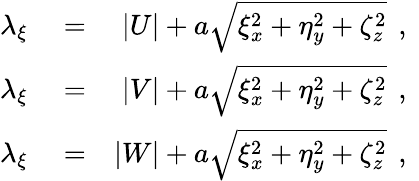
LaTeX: \begin{array}{rlr}{\lambda_{\xi}}&{{}=}&{|U|+a\sqrt{\xi_{x}^{2}+\eta_{y}^{2}+\zeta_{z}^{2}}\, \mathrm{~,~}}\\ {\lambda_{\xi}}&{{}=}&{|V|+a\sqrt{\xi_{x}^{2}+\eta_{y}^{2}+\zeta_{z}^{2}}\, \mathrm{~,~}}\\ {\lambda_{\xi}}&{{}=}&{|W|+a\sqrt{\xi_{x}^{2}+\eta_{y}^{2}+\zeta_{z}^{2}}\, \mathrm{~,~}}\end{array}